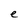
Character: e